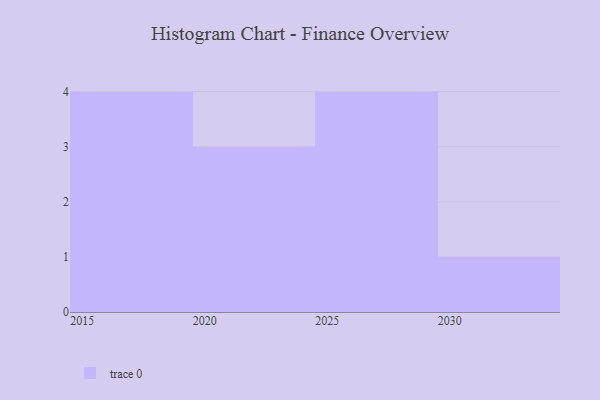
{"axis": {"x": "Year", "y": "Latency (ms)"}, "legend": [""], "data": [{"x": "2028", "y": 3, "type": ""}, {"x": "2025", "y": 29, "type": ""}, {"x": "2017", "y": 17, "type": ""}, {"x": "2023", "y": 81, "type": ""}, {"x": "2020", "y": 3, "type": ""}, {"x": "2018", "y": 90, "type": ""}, {"x": "2015", "y": 10, "type": ""}, {"x": "2027", "y": 11, "type": ""}, {"x": "2030", "y": 98, "type": ""}, {"x": "2022", "y": 55, "type": ""}, {"x": "2016", "y": 76, "type": ""}, {"x": "2026", "y": 39, "type": ""}]}